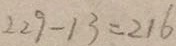
2 2 9 - 1 3 = 2 1 6